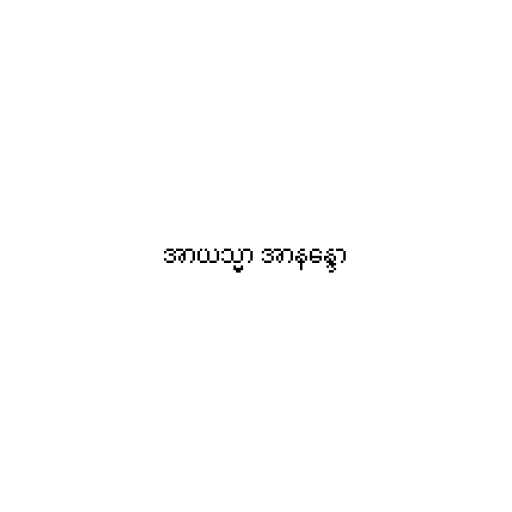
အာယသ္မာ အာနန္ဒော